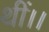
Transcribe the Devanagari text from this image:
थीं।।